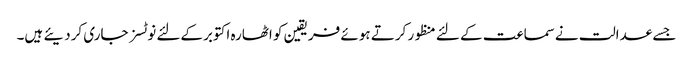
جسے عدالت نےسماعت کے لئے منظور کرتے ہوئے فریقین کو اٹھارہ اکتوبرکےلئے نوٹسز جاری کردیئے ہیں۔